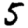
Digit: 5